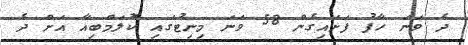
ދެ ވަނަ ހާފު ފަށައިގެން 58 ވަނަ މިނިޓުގައި ކޮލަމްބިއާ އަށް ދެ